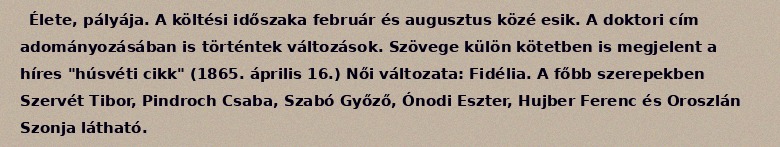
Élete, pályája. A költési időszaka február és augusztus közé esik. A doktori cím adományozásában is történtek változások. Szövege külön kötetben is megjelent a híres "húsvéti cikk" (1865. április 16.) Női változata: Fidélia. A főbb szerepekben Szervét Tibor, Pindroch Csaba, Szabó Győző, Ónodi Eszter, Hujber Ferenc és Oroszlán Szonja látható.